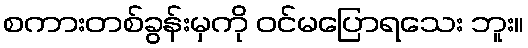
စကားတစ်ခွန်းမှကို ဝင်မပြောရသေး ဘူး။